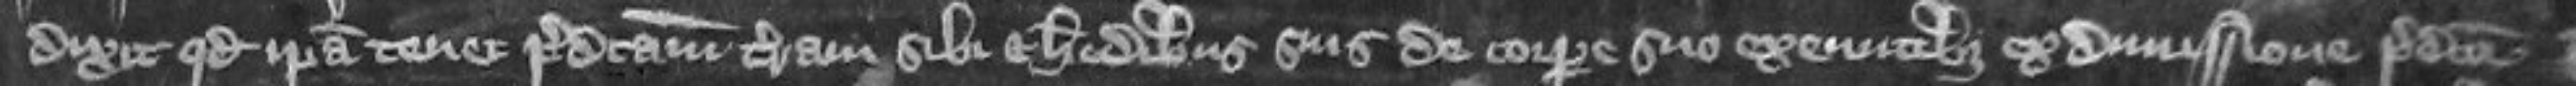
dixit quod ipsa tenet predictam terram sibi et heredibus suis de corpore suo exeuntibus ex dimissione predictorum